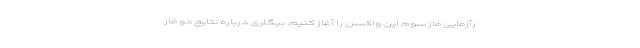
رآزمایی فاز سوم این واکسن را آغاز کنیم. بیگلری درباره نتایج دو فاز